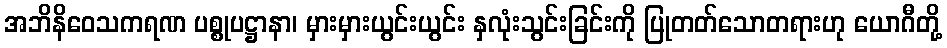
အဘိနိဝေသကရဏ ပစ္စုပဋ္ဌာနာ၊ မှားမှားယွင်းယွင်း နှလုံးသွင်းခြင်းကို ပြုတတ်သောတရားဟု ယောဂီတို့